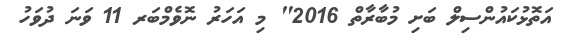
އަތޮޅުކައުންސިލް ބަށި މުބާރާތް 2016" މި އަހަރު ނޮވެމްބަރ 11 ވަނަ ދުވަހު